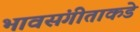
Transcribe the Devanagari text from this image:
भावसंगीताकडे